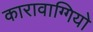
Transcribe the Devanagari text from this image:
कारावाग्गियो